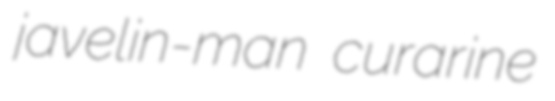
javelin-man curarine